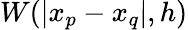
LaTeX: W(|x_{p}-x_{q}|,h)